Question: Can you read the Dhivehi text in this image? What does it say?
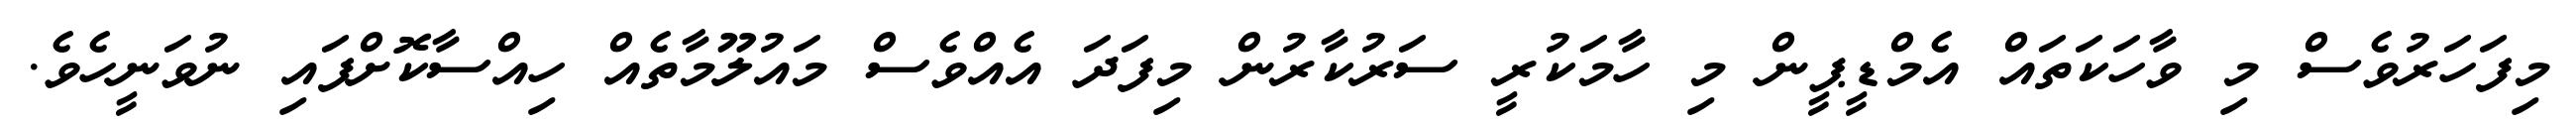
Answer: މިފަހަރުވެސް މި ވާހަކަތައް އެމްޑީޕީން މި ހާމަކުރީ ސަރުކާރުން މިފަދަ އެއްވެސް މައުލޫމާތެއް ހިއްސާކޮށްފައި ނުވަނީހެވެ.